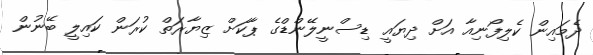
ދެމައިން ކެލިފޯނިއާ އަށް ދިޔައީ ޑިސްނީލޭންޑްގެ ޕާކަށް ޒިޔާރަތް ކުރަން ކައިލީ ބޭނުން